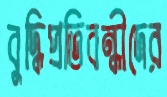
বুদ্ধিপ্রতিবন্ধীদের